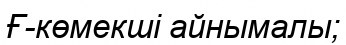
Ғ-көмекші айнымалы;